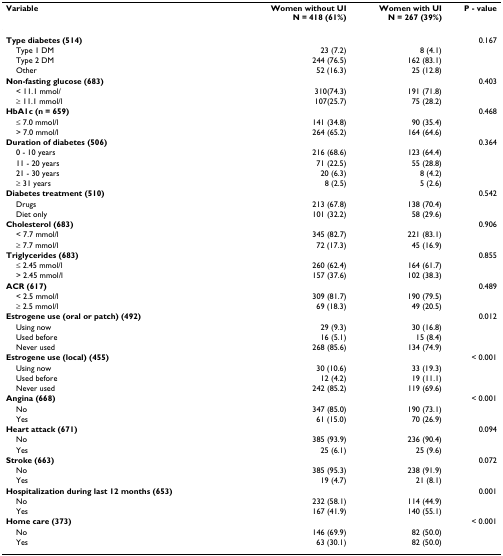
<table><thead><tr><td><b>Variable</b></td><td><b>Women without UIN = 418 (61%)</b></td><td><b>Women with UIN = 267 (39%)</b></td><td><b>P - value</b></td></tr></thead><tbody><tr><td><b>Type diabetes (514)</b></td><td></td><td></td><td>0.167</td></tr><tr><td> Type 1 DM</td><td>23 (7.2)</td><td>8 (4.1)</td><td></td></tr><tr><td> Type 2 DM</td><td>244 (76.5)</td><td>162 (83.1)</td><td></td></tr><tr><td> Other</td><td>52 (16.3)</td><td>25 (12.8)</td><td></td></tr><tr><td><b>Non-fasting glucose (683)</b></td><td></td><td></td><td>0.403</td></tr><tr><td> &lt; 11.1 mmol/</td><td>310(74.3)</td><td>191 (71.8)</td><td></td></tr><tr><td> ≥ 11.1 mmol/l</td><td>107(25.7)</td><td>75 (28.2)</td><td></td></tr><tr><td><b>HbA1c (n = 659)</b></td><td></td><td></td><td>0.468</td></tr><tr><td> ≤ 7.0 mmol/l</td><td>141 (34.8)</td><td>90 (35.4)</td><td></td></tr><tr><td> &gt; 7.0 mmol/l</td><td>264 (65.2)</td><td>164 (64.6)</td><td></td></tr><tr><td><b>Duration of diabetes (506)</b></td><td></td><td></td><td>0.364</td></tr><tr><td> 0 - 10 years</td><td>216 (68.6)</td><td>123 (64.4)</td><td></td></tr><tr><td> 11 - 20 years</td><td>71 (22.5)</td><td>55 (28.8)</td><td></td></tr><tr><td> 21 - 30 years</td><td>20 (6.3)</td><td>8 (4.2)</td><td></td></tr><tr><td> ≥ 31 years</td><td>8 (2.5)</td><td>5 (2.6)</td><td></td></tr><tr><td><b>Diabetes treatment (510)</b></td><td></td><td></td><td>0.542</td></tr><tr><td> Drugs</td><td>213 (67.8)</td><td>138 (70.4)</td><td></td></tr><tr><td> Diet only</td><td>101 (32.2)</td><td>58 (29.6)</td><td></td></tr><tr><td><b>Cholesterol (683)</b></td><td></td><td></td><td>0.906</td></tr><tr><td> &lt; 7.7 mmol/l</td><td>345 (82.7)</td><td>221 (83.1)</td><td></td></tr><tr><td> ≥ 7.7 mmol/l</td><td>72 (17.3)</td><td>45 (16.9)</td><td></td></tr><tr><td><b>Triglycerides (683)</b></td><td></td><td></td><td>0.855</td></tr><tr><td> ≤ 2.45 mmol/l</td><td>260 (62.4)</td><td>164 (61.7)</td><td></td></tr><tr><td> &gt; 2.45 mmol/l</td><td>157 (37.6)</td><td>102 (38.3)</td><td></td></tr><tr><td><b>ACR (617)</b></td><td></td><td></td><td>0.489</td></tr><tr><td> &lt; 2.5 mmol/l</td><td>309 (81.7)</td><td>190 (79.5)</td><td></td></tr><tr><td> ≥ 2.5 mmol/l</td><td>69 (18.3)</td><td>49 (20.5)</td><td></td></tr><tr><td><b>Estrogene use (oral or patch) (492)</b></td><td></td><td></td><td>0.012</td></tr><tr><td> Using now</td><td>29 (9.3)</td><td>30 (16.8)</td><td></td></tr><tr><td> Used before</td><td>16 (5.1)</td><td>15 (8.4)</td><td></td></tr><tr><td> Never used</td><td>268 (85.6)</td><td>134 (74.9)</td><td></td></tr><tr><td><b>Estrogene use (local) (455)</b></td><td></td><td></td><td>&lt; 0.001</td></tr><tr><td> Using now</td><td>30 (10.6)</td><td>33 (19.3)</td><td></td></tr><tr><td> Used before</td><td>12 (4.2)</td><td>19 (11.1)</td><td></td></tr><tr><td> Never used</td><td>242 (85.2)</td><td>119 (69.6)</td><td></td></tr><tr><td><b>Angina (668)</b></td><td></td><td></td><td>&lt; 0.001</td></tr><tr><td> No</td><td>347 (85.0)</td><td>190 (73.1)</td><td></td></tr><tr><td> Yes</td><td>61 (15.0)</td><td>70 (26.9)</td><td></td></tr><tr><td><b>Heart attack (671)</b></td><td></td><td></td><td>0.094</td></tr><tr><td> No</td><td>385 (93.9)</td><td>236 (90.4)</td><td></td></tr><tr><td> Yes</td><td>25 (6.1)</td><td>25 (9.6)</td><td></td></tr><tr><td><b>Stroke (663)</b></td><td></td><td></td><td>0.072</td></tr><tr><td> No</td><td>385 (95.3)</td><td>238 (91.9)</td><td></td></tr><tr><td> Yes</td><td>19 (4.7)</td><td>21 (8.1)</td><td></td></tr><tr><td><b>Hospitalization during last 12 months (653)</b></td><td></td><td></td><td>0.001</td></tr><tr><td> No</td><td>232 (58.1)</td><td>114 (44.9)</td><td></td></tr><tr><td> Yes</td><td>167 (41.9)</td><td>140 (55.1)</td><td></td></tr><tr><td><b>Home care (373)</b></td><td></td><td></td><td>&lt; 0.001</td></tr><tr><td> No</td><td>146 (69.9)</td><td>82 (50.0)</td><td></td></tr><tr><td> Yes</td><td>63 (30.1)</td><td>82 (50.0)</td><td></td></tr></tbody></table>